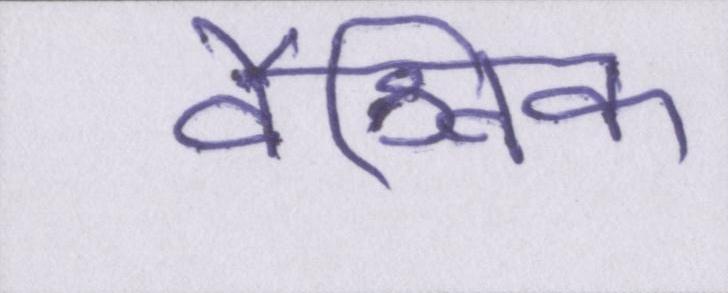
वैश्विक